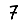
Digit: 7